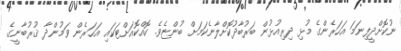
ނުކޮށްދީފިނަމަ އަހަރެންގެ މުޅި ދިރިއުޅުން ބަރުބާދުކޮށްލާނެކަމަށް ބުންޏެވެ. ކޮއްކޮއަށްޓަކައި އަހަރެން ވަމުންދާ ޤުރުބާނީގެ